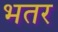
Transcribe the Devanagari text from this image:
भतर